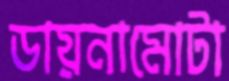
ডায়নামোটা